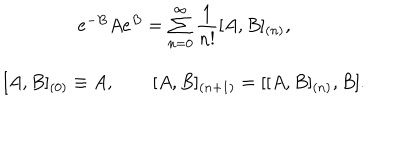
LaTeX: \begin{array} { c } { { e ^ { - B } A e ^ { B } = \sum _ { n = 0 } ^ { \infty } \displaystyle \frac 1 { n ! } [ A , B ] _ { ( n ) } , } } \\ { { { } [ A , B ] _ { ( 0 ) } \equiv A , \qquad [ A , B ] _ { ( n + 1 ) } = [ [ A , B ] _ { ( n ) } , B ] . } } \\ \end{array}